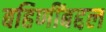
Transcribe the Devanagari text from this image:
बहिणींबद्दल